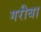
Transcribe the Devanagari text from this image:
गरीबा